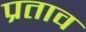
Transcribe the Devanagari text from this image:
प्रताव